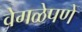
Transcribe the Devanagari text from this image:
वेगळेपणे